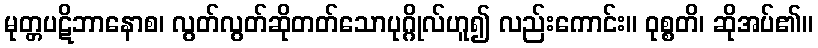
မုတ္တပဋိဘာနောစ၊ လွတ်လွတ်ဆိုတတ်သောပုဂ္ဂိုလ်ဟူ၍ လည်းကောင်း။ ဝုစ္စတိ၊ ဆိုအပ်၏။